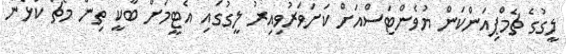
ލީގުގެ ޗެމްޕިއަންކަން ޔުވެންޓަސްއަށް ކަށަވަރުވިއިރު ލީގުގައި އެޓީމަށް ބާކީ ތިން މެޗް ކުޅެން